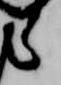
ら